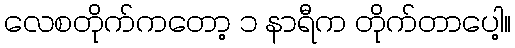
လေစတိုက်ကတော့ ၁ နာရီက တိုက်တာပေါ့။